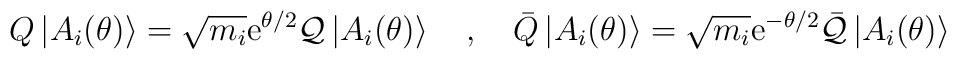
Q\left| A_{i}(\theta )\right\rangle =\sqrt{m_{i}}\mathrm{e}^{\theta /2}\mathcal{Q}\left| A_{i}(\theta )\right\rangle \quad ,\quad \bar{Q}\left| A_{i}(\theta )\right\rangle =\sqrt{m_{i}}\mathrm{e}^{-\theta /2}\bar{\mathcal{Q}}\left| A_{i}(\theta )\right\rangle